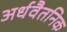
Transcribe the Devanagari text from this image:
अर्धवैतनिक